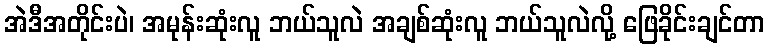
အဲဒီအတိုင်းပဲ၊ အမုန်းဆုံးလူ ဘယ်သူလဲ အချစ်ဆုံးလူ ဘယ်သူလဲလို့ ဖြေခိုင်းချင်တာ